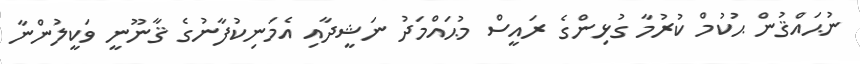
ނުޙައްޤުން ޙުކުމް ކުރުމާ ގުޅިންގެ ރައީސް މުޙައްމަދު ނަޝީދާއި އެމަނިކުފާނުގެ ޤާނޫނީ ވަކީލުންނާ